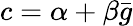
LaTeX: c=\alpha+\beta\bar{g}